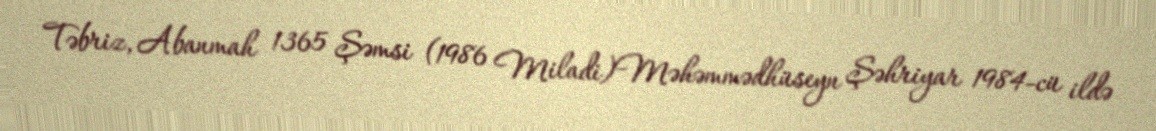
Təbriz, Abanmah 1365 Şəmsi (1986 Miladi)Məhəmmədhüseyn Şəhriyar 1984-cü ildə